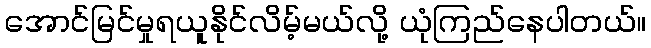
အောင်မြင်မှုရယူနိုင်လိမ့်မယ်လို့ ယုံကြည်နေပါတယ်။